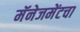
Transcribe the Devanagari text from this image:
मॅनेजमेंटचा